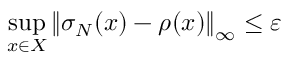
\underset { x \in { \cal { X } } } { \operatorname* { s u p } } \left\| \sigma _ { N } ( x ) - \rho ( x ) \right\| _ { \infty } \le \varepsilon